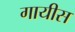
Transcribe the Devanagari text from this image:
गायीस